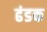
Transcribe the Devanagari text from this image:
ढंडक